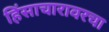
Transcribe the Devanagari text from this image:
हिंसाचारावरचा